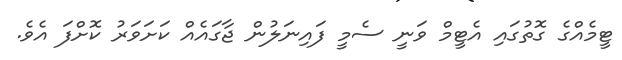
ޓީމެއްގެ ގޮތުގައި އެޓީމް ވަނީ ސެމީ ފައިނަލުން ޖާގައެއް ކަށަވަރު ކޮށްފަ އެވެ.